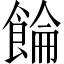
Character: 𲋚